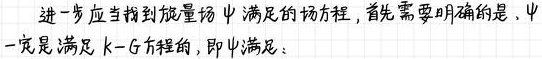
进一步应当找到旋量场$\psi$满足的场方程，首先需要明确的是，$\psi$一定是满足$\mathrm{k}-\mathrm{G}$方程的，即$\psi$满足：